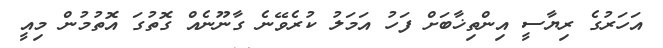
އަހަރުގެ ރިޔާސީ އިންތިޚާބަށް ފަހު އަމަލު ކުރެވޭނެ ގާނޫނެއް ގޮތުގަ އޮތުމުން މިއީ